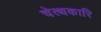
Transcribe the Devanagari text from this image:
चेत्थकारि